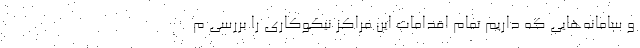
و سامانه‌هایی که داریم تمام اقدامات این مراکز نیکوکاری را بررسی م